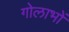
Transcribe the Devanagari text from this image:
गोलाभों